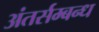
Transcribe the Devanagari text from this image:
अंतर्सम्बन्ध